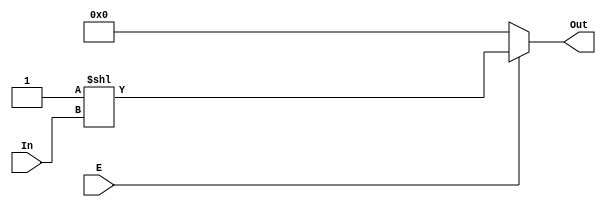
module decoder(E , In , Out);
 input E;
 input [2:0] In;
output [7:0] Out;
wire [7:0] Out;
assign Out = E ? (8'b1 << In) : 8'h0;
endmodule


module clkgen(clka, clkb, clka_out, clkb_out);
input clka, clkb;
output clka_out, clkb_out;
reg clka_out, clkb_out;
 always @(clka) begin 
   clka_out = clka;
 end

 always @(clkb) begin
   clkb_out = clkb;
 end

endmodule